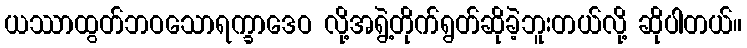
ယဿာထွတ်ဘဝသောရက္ခာဒေဝ လို့အရွဲ့တိုက်ရွတ်ဆိုခဲ့ဘူးတယ်လို့ ဆိုပါတယ်။